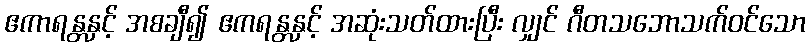
ဧကာရန္တနှင့် အစချီ၍ ဧကရန္တနှင့် အဆုံးသတ်ထားပြီး လျှင် ဂီတသဘောသက်ဝင်သော